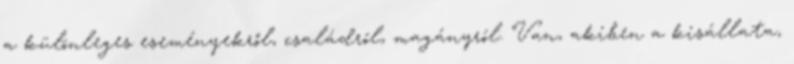
a különleges eseményekről, családról, magányról. Van, akiben a kisállata,